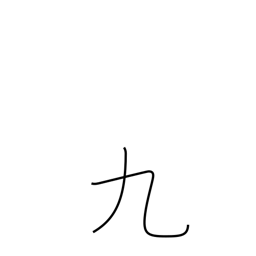
Meaning: nine